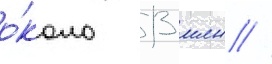
о́коло 13 млн //